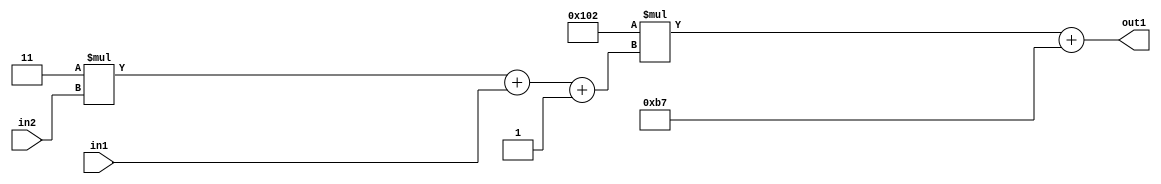
`timescale 1ps / 1ps
/*****************************************************************************
    Verilog RTL Description
    
    
    Created by: Stratus DpOpt 2019.1.01 
*******************************************************************************/

module DC_Filter_Add2i183Mul2i258Add3i1u1Mul2i3u2_4 (
	in2,
	in1,
	out1
	); /* architecture "behavioural" */ 
input [1:0] in2;
input  in1;
output [11:0] out1;
wire [11:0] asc001;
wire [3:0] asc002;

wire [3:0] asc002_tmp_0;
wire [3:0] asc002_tmp_1;
assign asc002_tmp_1 = 
	+(4'B0011 * in2);
assign asc002_tmp_0 = asc002_tmp_1
	+(in1);
assign asc002 = asc002_tmp_0
	+(4'B0001);

wire [11:0] asc001_tmp_2;
assign asc001_tmp_2 = 
	+(12'B000100000010 * asc002);
assign asc001 = asc001_tmp_2
	+(12'B000010110111);

assign out1 = asc001;
endmodule

/* CADENCE  vrTxSg0= : u9/ySgnWtBlWxVPRXgAZ4Og= ** DO NOT EDIT THIS LINE ******/